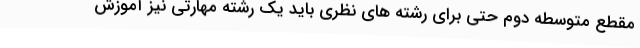
مقطع متوسطه دوم حتی برای رشته های نظری باید یک رشته مهارتی نیز آموزش